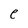
Character: e